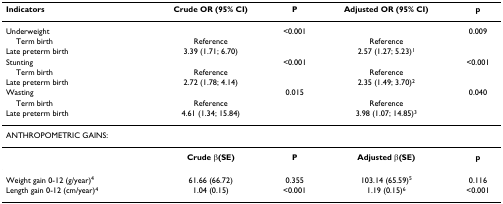
| Indicators | Crude OR (95% CI) | P | Adjusted OR (95% CI) | p |
 | --- | --- | --- | --- | --- |
 | Underweight |  | <0.001 |  | 0.009 |
 | Term birth | Reference |  | Reference |  |
 | Late preterm birth | 3.39 (1.71; 6.70) |  | 2.57 (1.27; 5.23)1 |  |
 | Stunting |  | <0.001 |  | <0.001 |
 | Term birth | Reference |  | Reference |  |
 | Late preterm birth | 2.72 (1.78; 4.14) |  | 2.35 (1.49; 3.70)2 |  |
 | Wasting |  | 0.015 |  | 0.040 |
 | Term birth | Reference |  | Reference |  |
 | Late preterm birth | 4.61 (1.34; 15.84) |  | 3.98 (1.07; 14.85)3 |  |
 | <COLSPAN=2> ANTHROPOMETRIC GAINS: |  |  |  |
 |  | Crude β(SE) | P | Adjusted β(SE) | p |
 | Weight gain 0-12 (g/year)4 | 61.66 (66.72) | 0.355 | 103.14 (65.59)5 | 0.116 |
 | Length gain 0-12 (cm/year)4 | 1.04 (0.15) | <0.001 | 1.19 (0.15)6 | <0.001 |